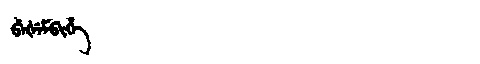
Manchu: ᠪᡝᡧᡝᠮᠪᡳᡥᡝ
Romanization: BEŠEMBIHE